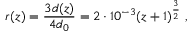
r ( z ) = { \frac { 3 d ( z ) } { 4 d _ { 0 } } } = 2 \cdot 1 0 ^ { - 3 } ( z + 1 ) ^ { \frac { 3 } { 2 } } ~ ,